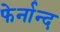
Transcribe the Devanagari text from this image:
फेर्नान्द